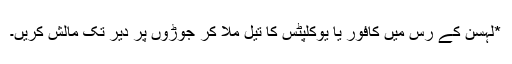
*لہسن کے رس میں کافور یا یوکلپٹس کا تیل ملا کر جوڑوں پر دیر تک مالش کریں۔